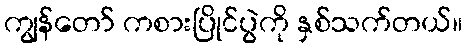
ကျွန်တော် ကစားပြိုင်ပွဲကို နှစ်သက်တယ်။